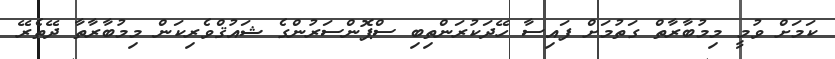
ކަމަށް ވުމީ މިމުބާރާތް ގަތުމަށް ފައިސާ ހޭދަކުރަންތިބި ސްޕޮންސަރުންގެ ޝައުޤްވެރިކަން މިމުބާރާތާ ދޭތެރޭ